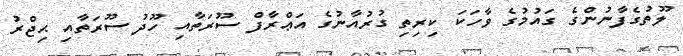
ލޫތުގެފާނުންގެ ގައުމުގެ ވާހަކަ ކިރިތި ގުރުއާނުގެ އަޢްރާފް ސޫރަތާއި ހޫދު ސޫރަތާއި ޙިޖްރު